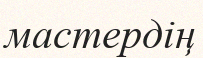
мастердің